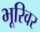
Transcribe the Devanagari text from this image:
भूरिवर